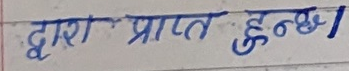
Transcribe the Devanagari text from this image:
द्वारा प्राप्त हुन्छ।